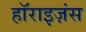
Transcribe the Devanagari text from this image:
हॉराइज़ंस